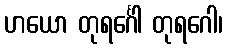
ဟယော တုရင်္ဂေါ တုရဂေါ၊